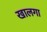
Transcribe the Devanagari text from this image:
खालगा